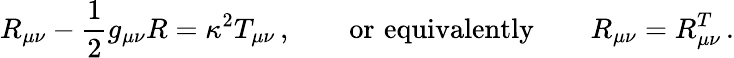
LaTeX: R_{\mu\nu}-\frac{1}{2}g_{\mu\nu}R=\kappa^{2}T_{\mu\nu}\, ,\qquad\mathrm{or\, \, equivalently}\qquad R_{\mu\nu}=R_{\mu\nu}^{T}\, .